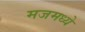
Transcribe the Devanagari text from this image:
मजमध्ये